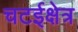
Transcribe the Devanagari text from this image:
चटईक्षेत्र